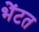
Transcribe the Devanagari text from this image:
भेंटत